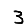
Digit: 3